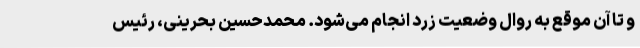
و تا آن موقع به روال وضعیت زرد انجام می‌شود. محمدحسین بحرینی، رئیس